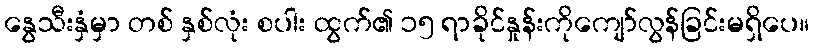
နွေသီးနှံမှာ တစ် နှစ်လုံး စပါး ထွက်၏ ၁၅ ရာခိုင်နှုန်းကိုကျော်လွန်ခြင်းမရှိပေ။